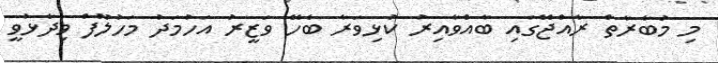
މި މުބާރާތް ރާއްޖޭގައި ބާއްވާއިރު ކުޅިވަރާ ބެހޭ ވަޒީރު އަހުމަދު މަހުލޫފް ވިދާޅުވީ